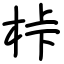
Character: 桛